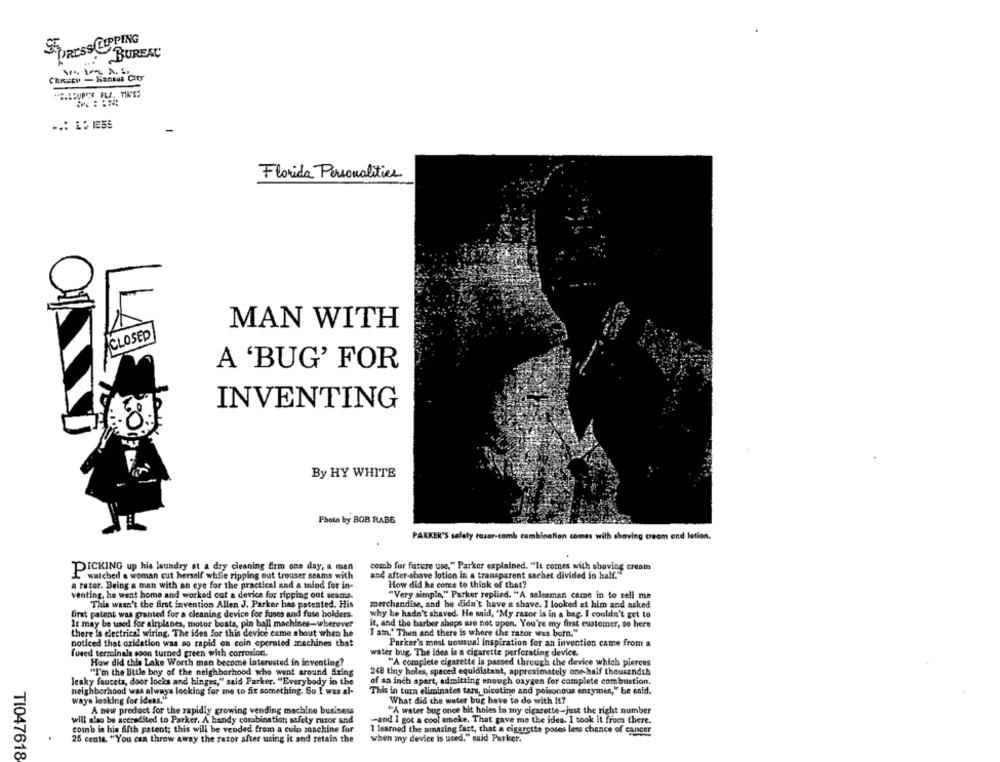
STRESS CLIPPING
BUREAC
Chi=cy - Kansas City
Florida Personalities
MAN WITH
CLOSED
A 'BUG' FOR
INVENTING
By HY WHITE
Photo by BOB RABE
PARKER'S safety razor-comb combination comes with shaving cream and lation.
PICKING up his laundry at a dry cleaning firm one day, a man
comb for future use," Parker explained. "It comes with shaving cream
watched a woman cut herself while ripping out trouser seams with
and after-shave lotion in a transparent sachet divided in half."
a razor. Being a man with an eye for the practical and a mind for in-
How did he come to think of that?
venting, he went home and worked out a device for ripping out seams.
"Very simple," Parker replied. "A salesman carne in to sell me
This wasn't the first invention Allen J. Parker has patented. His
merchandise, and he didn't have a shave. I looked at him and asked
first patent was granted for a cleaning device for fones and fuse holders.
why he hadn't shaved. He said, "My razor is in a bag. I couldn't get to
It may be used for airplanes, motor boats, pin ball machines-wherever
it, and the barber shops are not open. You're my first customer, so here
there Is electrical wiring. The idea for this device came about when he
I am.' Then and there is where the razor was born."
noticed that oxidation was so rapid on coin operated machines that
Parker's most unusual inspiration for an invention came from a
fused terminals soon turned green with corrosion.
water bug. The idea is a cigarette perforating device.
How did this Lake Worth man become interested in inventing?
"A complete cigarette is passed through the device which pierces
"I'm the little boy of the neighborhood who went around firing
248 tiny holes, spaced equidistant, approximately one-half theukandth
leaky faucets, door locks and hinges," said Parker. "Everybody in the
of an inch apart, admitting enough oxygen for complete combustion.
neighborhood was always looking for me to fix something. So I was al-
This in turn eliminates tard, nicotine and poisonous enzymes," be said.
ways looking for ideas."
What did the water bug have to do with It?
A new product for the rapidly growing vending machine business
"A water bug once bit holes in my cigarette-just the right number
will also be accredited to Parker. A handy combination safety razor and
-and I got a cool ameke. That gave me the idea. I took it from there.
comb in his fifth patent; this will be vended from a colo machine for
I learned the amazing fact, that a cigarette posess less chance of cancer
25 cente. "You can throw away the rator after using it and retain the
when my device is used," said Parker.
TI047618